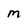
Character: M